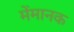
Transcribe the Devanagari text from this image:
मेंमानक